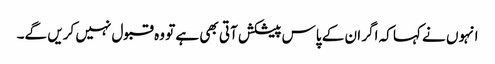
انہوں نے کہا کہ اگر ان کے پاس پیشکش آتی بھی ہے تو وہ قبول نہیں کریں گے۔